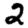
Digit: 2